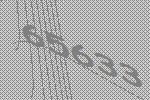
65633